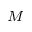
^ M